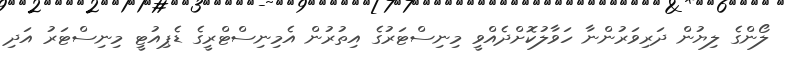
ލޯންގެ ލިޔުން ދަރިވަރުންނާ ހަވާލުކޮށްދެއްވީ މިނިސްޓަރުގެ އިތުރުން އެމިނިސްޓްރީގެ ޑެޕިއުޓީ މިނިސްޓަރު އަދި